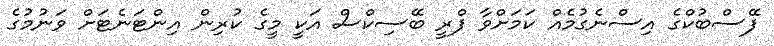
ފޭސްބުކްގެ އިސްނެގުމެއް ކަމަށްވާ ފްރީ ބޭސިކްސް އަކީ މީގެ ކުރިން އިންޓަނެޓަށް ވަނުމުގެ